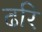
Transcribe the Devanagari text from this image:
ढरि